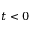
t < 0